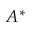
A ^ { \ast }